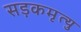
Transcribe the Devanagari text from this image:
सड़कमृत्यु